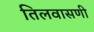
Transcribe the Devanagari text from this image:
तिलवासणी